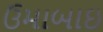
ઉમાબાઇ